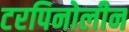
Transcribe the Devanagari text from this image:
टरपिनोलीन